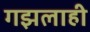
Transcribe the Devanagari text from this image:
गझलाही